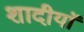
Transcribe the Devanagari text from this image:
शादीयाॅं